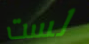
لست